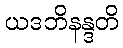
ယဒဘိနန္ဒတိ